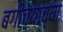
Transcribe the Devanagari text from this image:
बगीच्याच्या